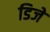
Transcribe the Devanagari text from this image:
डिजे